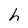
Character: h